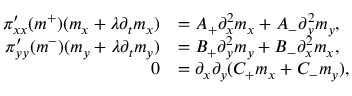
\begin{array} { r l } { \pi _ { x x } ^ { \prime } ( m ^ { + } ) ( m _ { x } + \lambda \partial _ { t } m _ { x } ) } & { = A _ { + } \partial _ { x } ^ { 2 } m _ { x } + A _ { - } \partial _ { y } ^ { 2 } m _ { y } , } \\ { \pi _ { y y } ^ { \prime } ( m ^ { - } ) ( m _ { y } + \lambda \partial _ { t } m _ { y } ) } & { = B _ { + } \partial _ { y } ^ { 2 } m _ { y } + B _ { - } \partial _ { x } ^ { 2 } m _ { x } , } \\ { 0 } & { = \partial _ { x } \partial _ { y } ( C _ { + } m _ { x } + C _ { - } m _ { y } ) , } \end{array}